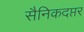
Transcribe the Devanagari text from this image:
सैनिकदप्तर